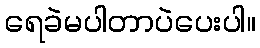
ရေခဲမပါတာပဲပေးပါ။